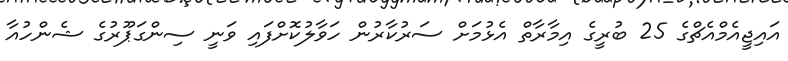
އައިޖީއެމްއެޗްގެ 25 ބުރީގެ އިމާރާތް އެޅުމަށް ސަރުކާރުން ހަވާލުކޮށްފައި ވަނީ ސިންގަޕޫރުގެ ޝެންހުއާ